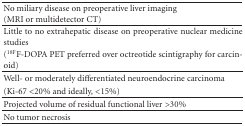
| No miliary disease on preoperative liver imaging(MRI or multidetector CT) |
 | --- |
 | Little to no extrahepatic disease on preoperative nuclear medicine studies |
 | (18FF-DOPA PET preferred over octreotide scintigraphy for carcinoid) |
 | Well- or moderately differentiated neuroendocrine carcinoma |
 | (Ki-67 <20% and ideally, <15%) |
 | Projected volume of residual functional liver >30% |
 | No tumor necrosis |